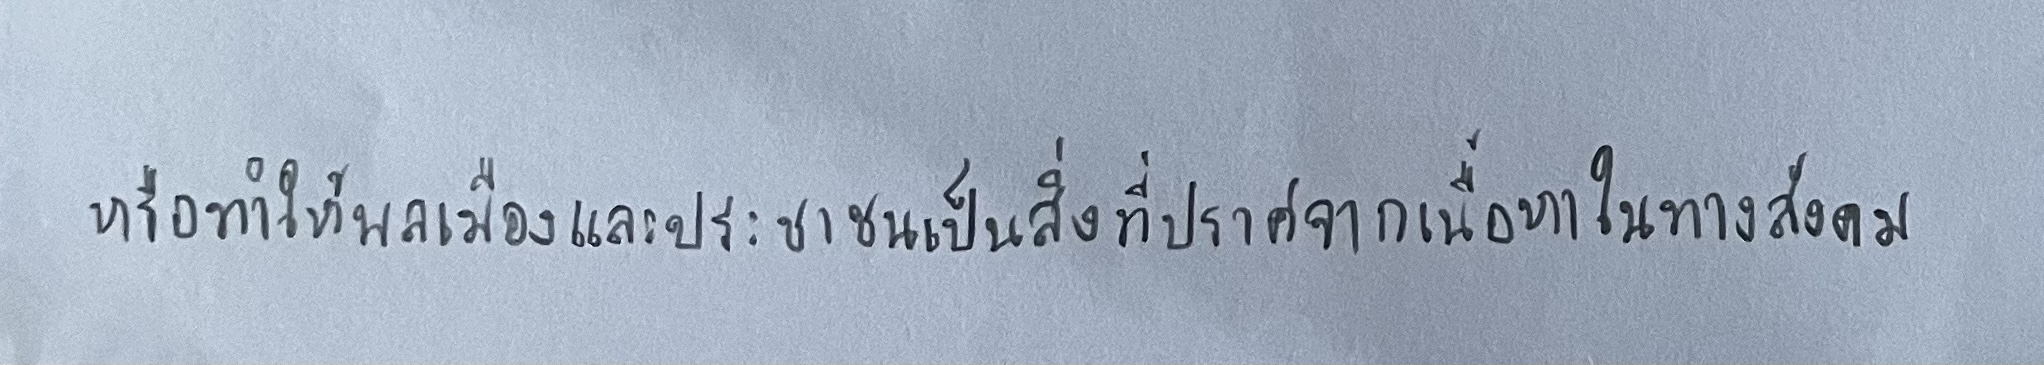
หรือทำให้พลเมืองและประชาชนเป็นสิ่งที่ปราศจากเนื้อหาในทางสังคม